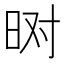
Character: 𬀮